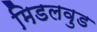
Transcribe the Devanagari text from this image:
मिडलवुड